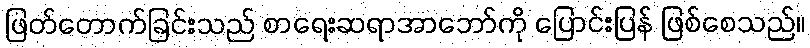
ဖြတ်တောက်ခြင်းသည် စာရေးဆရာအာဘော်ကို ပြောင်းပြန် ဖြစ်စေသည်။